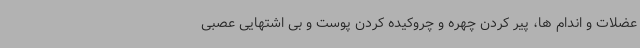
عضلات و اندام ها، پیر کردن چهره و چروکیده کردن پوست و بی اشتهایی عصبی